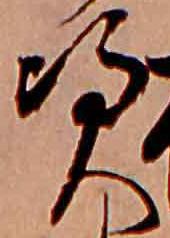
憑